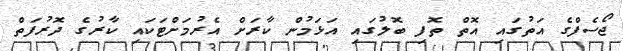
ޖޯސެފްގެ އަތުގައި އޮތް ތޮފި ބޮލުގައި އަޅަމުން ކާރަށް އެރުމަށްޓަކައި ކާރުގެ ދޮރުފަތް